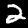
Label: 2